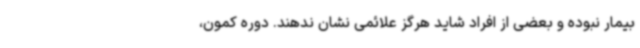
بیمار نبوده و بعضی از افراد شاید هرگز علائمی نشان ندهند. دوره کمون،